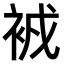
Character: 𧙠